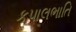
કપાલભાતિ